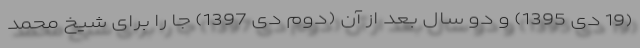
(19 دی 1395) و دو سال بعد از آن (دوم دی 1397) جا را برای شیخ محمد